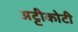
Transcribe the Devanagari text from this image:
अट्टीकोटी